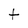
Character: t